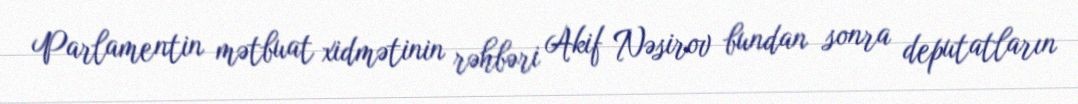
Parlamentin mətbuat xidmətinin rəhbəri Akif Nəsirov bundan sonra deputatların